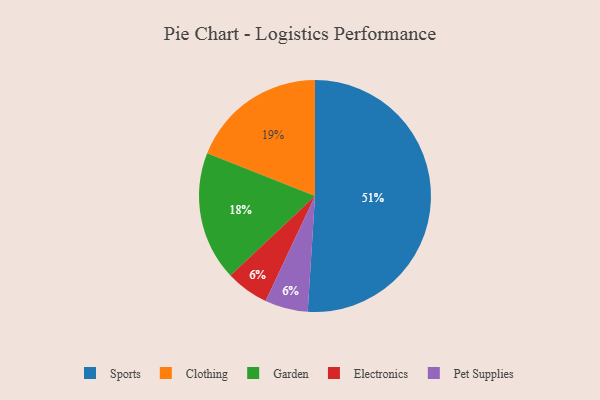
{"axis": {"x": "Category", "y": "Percentage"}, "legend": ["Clothing", "Electronics", "Garden", "Pet Supplies", "Sports"], "data": [{"x": "Electronics", "y": 6, "type": "Electronics"}, {"x": "Pet Supplies", "y": 6, "type": "Pet Supplies"}, {"x": "Garden", "y": 18, "type": "Garden"}, {"x": "Sports", "y": 51, "type": "Sports"}, {"x": "Clothing", "y": 19, "type": "Clothing"}]}